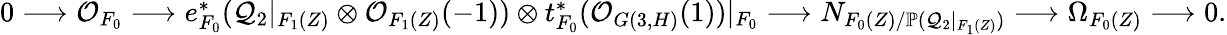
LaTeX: \begin{array}{r}{0\longrightarrow\mathcal O_{F_{0}}\longrightarrow e_{F_{0}}^{*}(\mathcal Q_{2}|_{F_{1}(Z)}\otimes\mathcal O_{F_{1}(Z)}(-1))\otimes t_{F_{0}}^{*}(\mathcal O_{G(3,H)}(1))|_{F_{0}}\longrightarrow N_{F_{0}(Z)/\mathbb P(\mathcal Q_{2}|_{F_{1}(Z)})}\longrightarrow\Omega_{F_{0}(Z)}\longrightarrow 0.}\end{array}